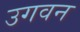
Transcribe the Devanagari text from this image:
उगवन